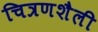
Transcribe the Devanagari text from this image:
चित्रणशैली